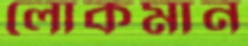
লোকমান